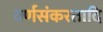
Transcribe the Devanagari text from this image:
वर्णसंकरतादि